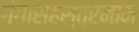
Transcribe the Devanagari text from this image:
गंगासहस्त्रनाम